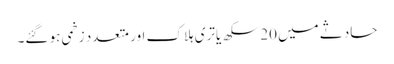
حادثے میں 20 سکھ یاتری ہلاک اور متعدد زخمی ہو گئے۔